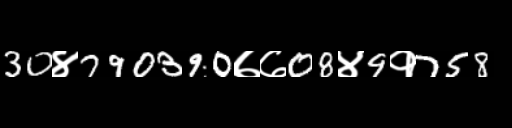
Text: 30४790390७७08४9१758